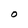
Character: O